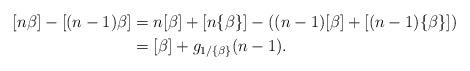
LaTeX: \begin{align*}[n\beta] - [(n-1)\beta] &= n[\beta] + [n\{\beta\}]- ((n-1)[\beta]+[(n-1)\{\beta\}])\\&= [\beta] + g_{1/\{\beta\}}(n-1).\end{align*}